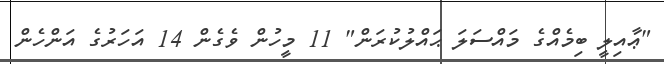
"ޢާއިލީ ބިމެއްގެ މައްސަލަ ޙައްލުކުރަން" 11 މީހުން ވެގެން 14 އަހަރުގެ އަންހެން